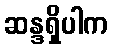
ဆန္ဒရှိပါက